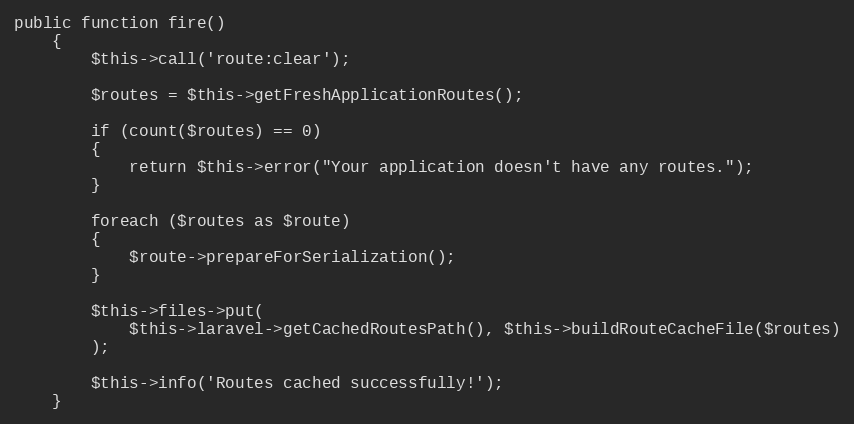
Language: PHP
public function fire()
	{
		$this->call('route:clear');

		$routes = $this->getFreshApplicationRoutes();

		if (count($routes) == 0)
		{
			return $this->error("Your application doesn't have any routes.");
		}

		foreach ($routes as $route)
		{
			$route->prepareForSerialization();
		}

		$this->files->put(
			$this->laravel->getCachedRoutesPath(), $this->buildRouteCacheFile($routes)
		);

		$this->info('Routes cached successfully!');
	}